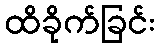
ထိခိုက်ခြင်း